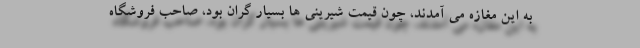
به این مغازه می آمدند، چون قیمت شیرینی ها بسیار گران بود، صاحب فروشگاه